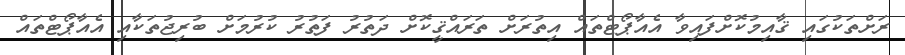
ރަށްތަކުގައި ޤާއިމުކޮށްފައިވާ އެއާޕޯޓްތައް އިތުރަށް ތަރައްޤީކޮށް ދަތުރު ފަތުރު ކުރުމަށް ބުރިޖުތަކާއި އެއާޕޯޓްތައް